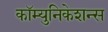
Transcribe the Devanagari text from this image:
कॉम्युनिकेशन्स